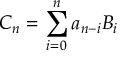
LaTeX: C _ { n } = \sum _ { i = 0 } ^ { n } a _ { n - i } B _ { i }